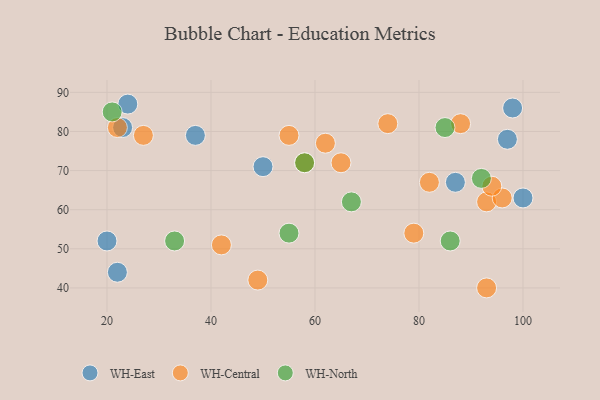
{"axis": {"x": "GDP", "y": "Life Expectancy"}, "legend": ["WH-Central", "WH-East", "WH-North"], "data": [{"x": "97", "y": 78, "type": "WH-East"}, {"x": "37", "y": 79, "type": "WH-East"}, {"x": "24", "y": 87, "type": "WH-East"}, {"x": "23", "y": 81, "type": "WH-East"}, {"x": "100", "y": 63, "type": "WH-East"}, {"x": "87", "y": 67, "type": "WH-East"}, {"x": "20", "y": 52, "type": "WH-East"}, {"x": "22", "y": 44, "type": "WH-East"}, {"x": "50", "y": 71, "type": "WH-East"}, {"x": "98", "y": 86, "type": "WH-East"}, {"x": "93", "y": 62, "type": "WH-Central"}, {"x": "55", "y": 79, "type": "WH-Central"}, {"x": "22", "y": 81, "type": "WH-Central"}, {"x": "42", "y": 51, "type": "WH-Central"}, {"x": "82", "y": 67, "type": "WH-Central"}, {"x": "96", "y": 63, "type": "WH-Central"}, {"x": "93", "y": 40, "type": "WH-Central"}, {"x": "65", "y": 72, "type": "WH-Central"}, {"x": "58", "y": 72, "type": "WH-Central"}, {"x": "49", "y": 42, "type": "WH-Central"}, {"x": "27", "y": 79, "type": "WH-Central"}, {"x": "88", "y": 82, "type": "WH-Central"}, {"x": "94", "y": 66, "type": "WH-Central"}, {"x": "62", "y": 77, "type": "WH-Central"}, {"x": "79", "y": 54, "type": "WH-Central"}, {"x": "74", "y": 82, "type": "WH-Central"}, {"x": "58", "y": 72, "type": "WH-North"}, {"x": "21", "y": 85, "type": "WH-North"}, {"x": "67", "y": 62, "type": "WH-North"}, {"x": "92", "y": 68, "type": "WH-North"}, {"x": "55", "y": 54, "type": "WH-North"}, {"x": "33", "y": 52, "type": "WH-North"}, {"x": "85", "y": 81, "type": "WH-North"}, {"x": "86", "y": 52, "type": "WH-North"}]}